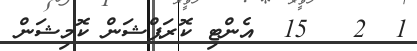
1  2   15  އެންޓި ކޮރަޕްޝަން ކޮމިޝަން